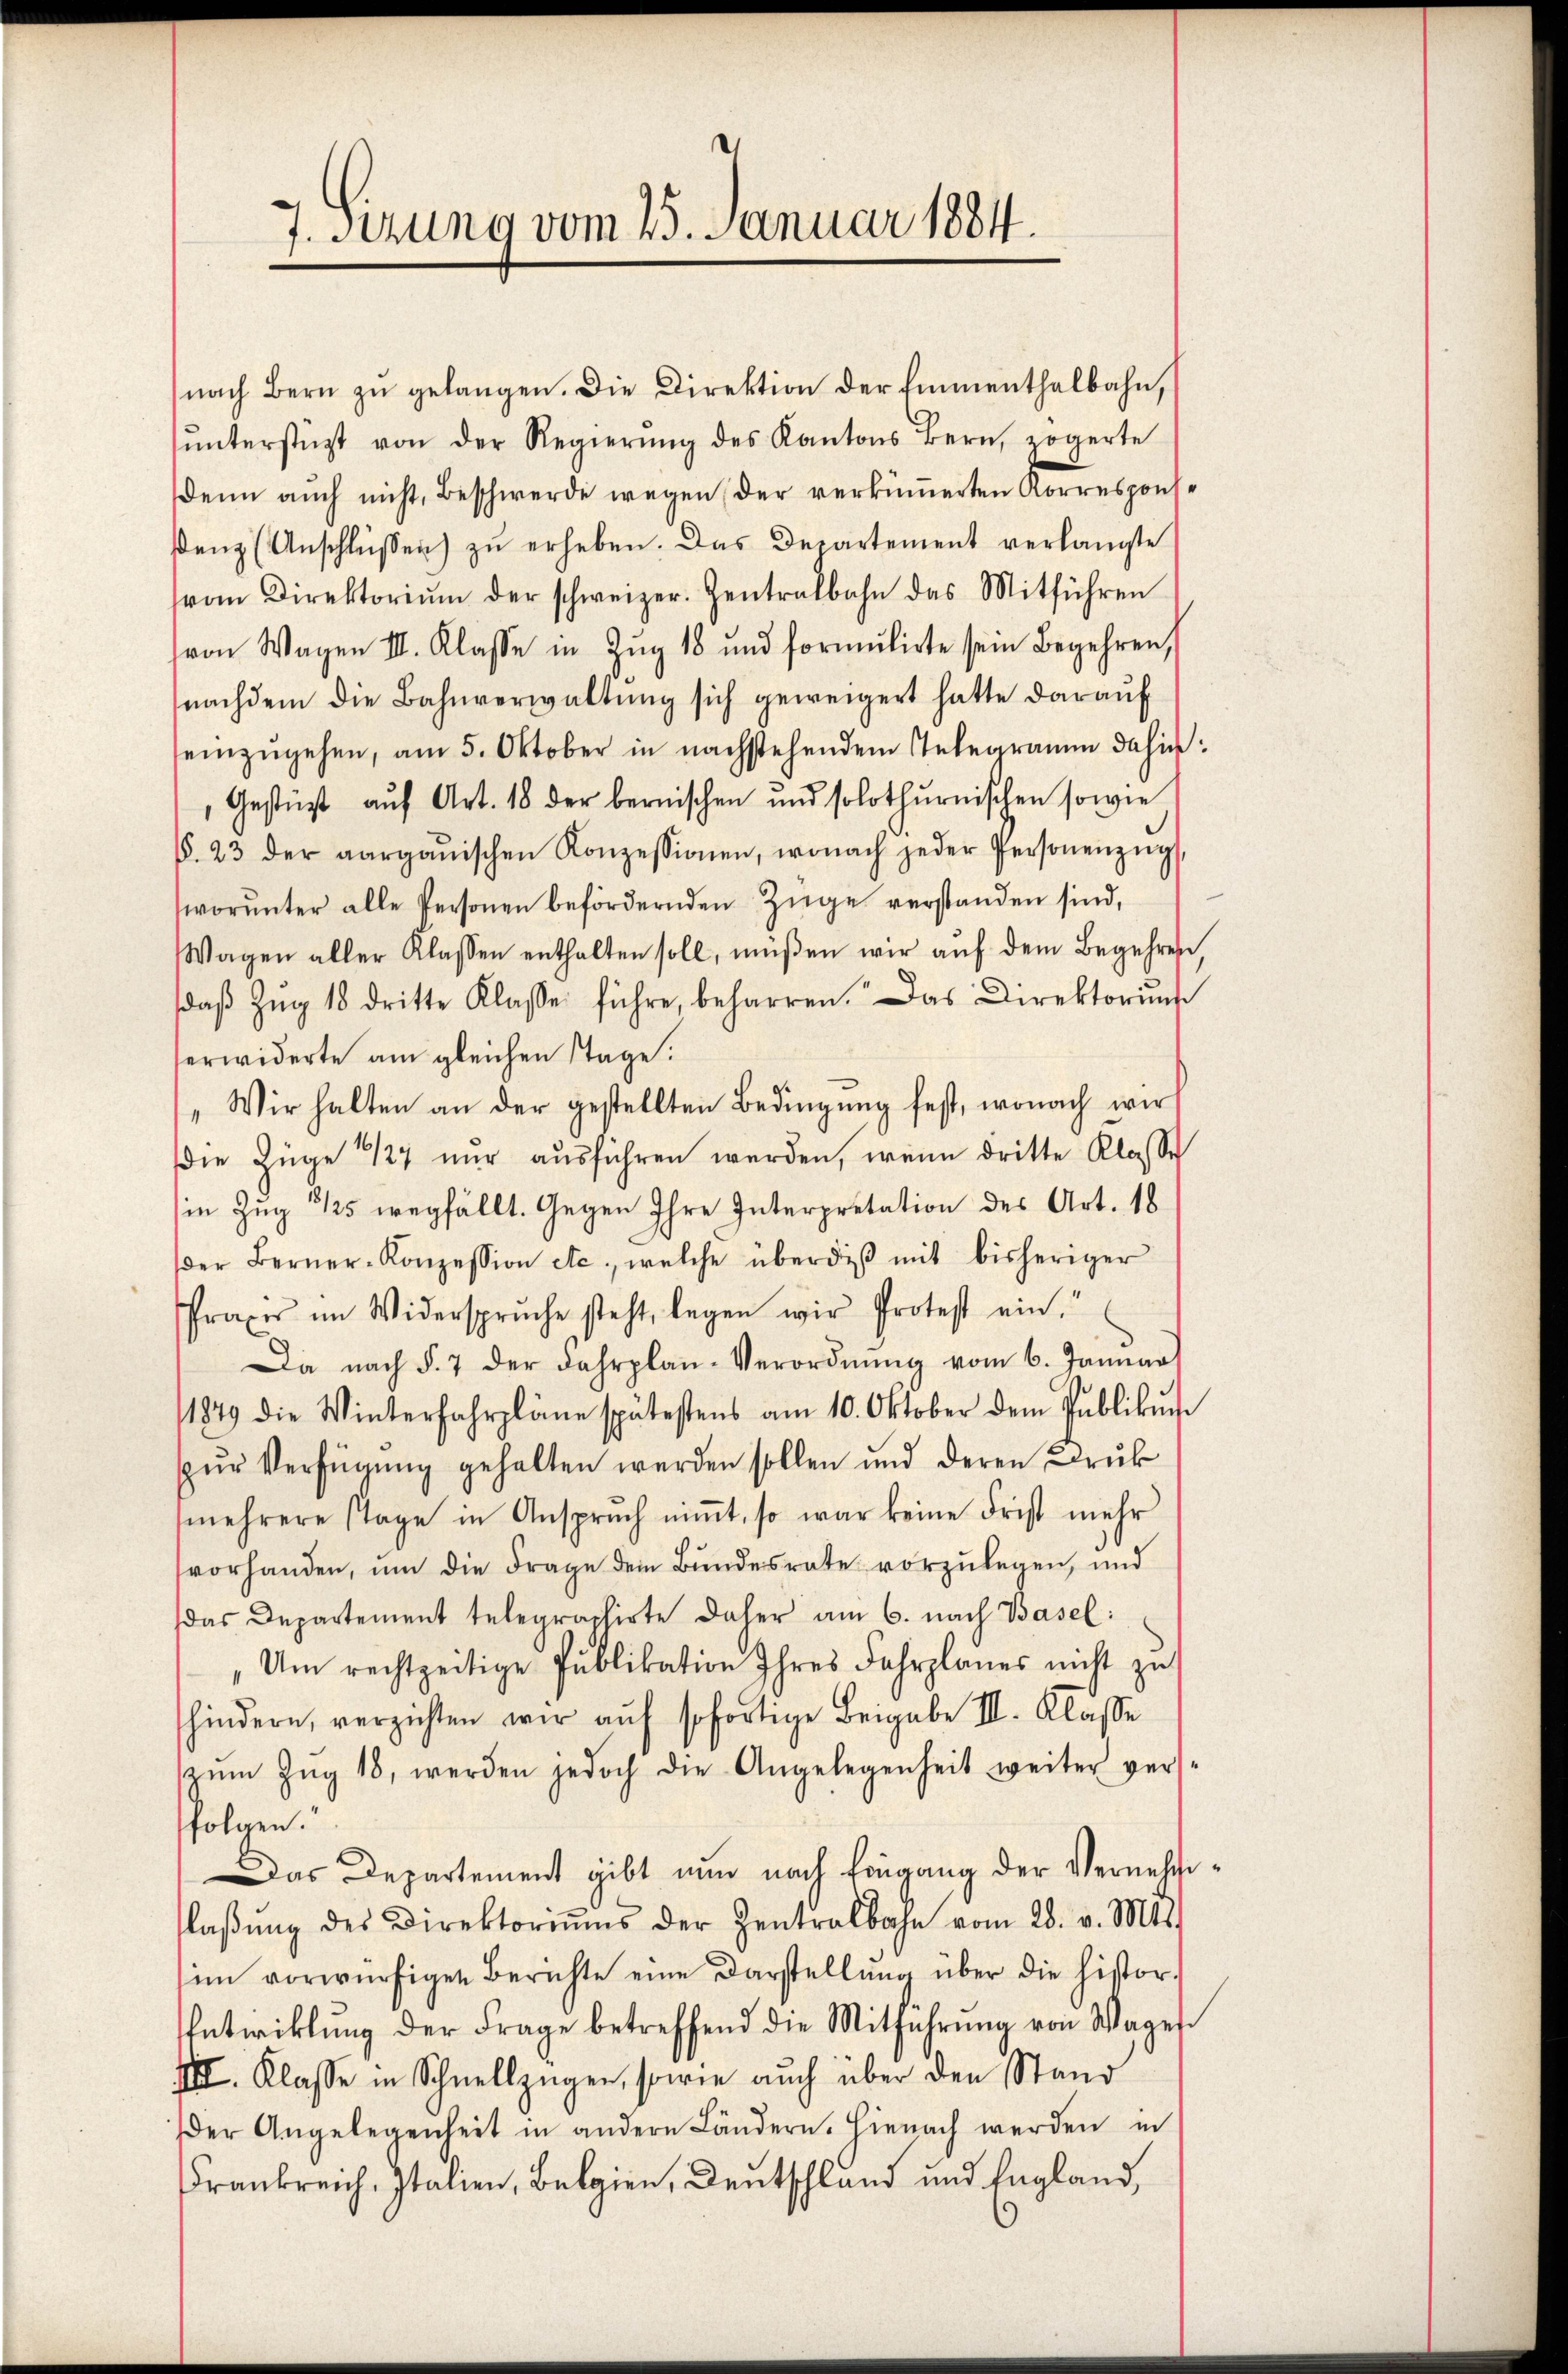
7. Setzung vom 25. Januar 1884.

nach Bern zŭ gelangen. Die Direktion der Emmenthalbahn,
ŭnterstützt von der Regierŭng des Kantons Bern, zögerte
denn auch nicht, Beschwerde wegen der verkümmerten Korresponse
denz (Anschlüssen zŭ erheben. Das Departement verlangte
vom Direktoriŭm der schweizer. Zentralbahn das Mitführen
von Wagen III. Klasse in Zŭg 18 und formŭlirte sein Begehren,
nachdem die Bahnverwaltung sich geweigert hatte darauf
einzŭgehen, am 5. Oktober in nachstehendem Telegramm dahin:
Gestüzt aŭf Art. 18 der bernischen und solothurnischen sowie
§. 23 der aargauischen Konzessionen, wonach jeder Personenzŭg
worŭnter alle Personen befördernden Züge verstanden sind,
Wagen aller Klassen enthalten soll, müßen wir aŭf dem Begehren
daβ Zŭg 18 dritte Klasse führe, beharren. Das Direktorium
erwiderte am gleichen Tage:
"Wir halten an der gestellten Bedingŭng fest, wonach wir
die Züge 127 nur ausführen werden, wenn dritte Klasse
in Zug 1125 wegfällt. Gegen Ihre Interpretation des Art. 18
der Berner-Konzession etc., welche überdiβ mit bisheriger
Praxis im Widerspruche steht, legen wir Protest ein
Da nach §. 7 der Fahrplan-Verordnŭng vom 6. Januar
1849 die Winterfahrpläne spätestens am 10. Oktober dem Publikŭ
zŭr Verfügŭng gehalten werden sollen und deren Druk
mehrere Tage in Ansprŭch niṁt, so war keine Frist mehr
vorhanden, um die Frage dem Bundesrate vorzulegen, und
das Departement telegraphirte daher am 6. nach Basel:
Um rechtzeitige Publikation Ihres Fahrplanes nicht zu
hindern, verzichten wir aŭf sofortige Beigabe III. Klasse
zŭm Zŭg 18, werden jedoch die Angelegenheit weiter ver-
folgen.
Das Departement gibt nun nach Eingang der Vernehmiflaβŭng des Direktoriŭms der Zentralbahn vom 28. v. Mts.
im vorwürfigen Berichte eine Darstellŭng über die histor-
Entwicklung der Frage betreffend die Mitführŭng von Wagen
III. Klasse in Schnellzügen, sowie auch über den Stand
er Angelegenheit in andere Ländern. Hienach werden in
rankreich, stanen, Belgien, Deutschland und England,